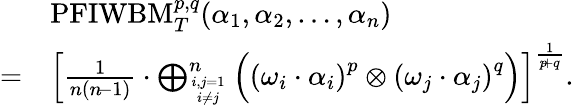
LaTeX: \begin{array}{rl}&{\mathrm{PFIWBM}_{T}^{p,q}(\alpha_{1},\alpha_{2},\ldots,\alpha_{n})}\\ {=}&{\left[\frac{1}{n(n\! -1)}\cdot\bigoplus_{i,j=1\atop i\neq j}^{n}\Big(\left(\omega_{i}\cdot\alpha_{i}\right)^{p}\otimes\left(\omega_{j}\cdot\alpha_{j}\right)^{q}\Big)\right]^{\frac{1}{p\! +q}}.}\end{array}